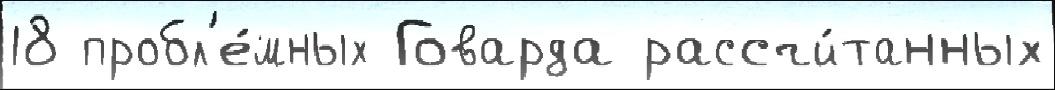
18 пробл'е́мных Говарда рассчи́танных